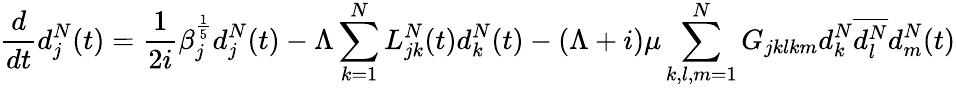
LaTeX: \frac{d}{dt}d_{j}^{N}(t)=\frac{1}{2i}\beta_{j}^{\frac{1}{5}}d_{j}^{N}(t)-\Lambda\sum_{k=1}^{N}L_{jk}^{N}(t)d_{k}^{N}(t)-(\Lambda+i)\mu\sum_{k,l,m=1}^{N}G_{jklkm}d_{k}^{N}\overline{{d_{l}^{N}}}d_{m}^{N}(t)